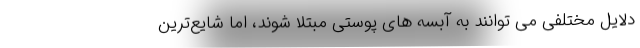
دلایل مختلفی می توانند به آبسه های پوستی مبتلا شوند، اما شایع‌ترین